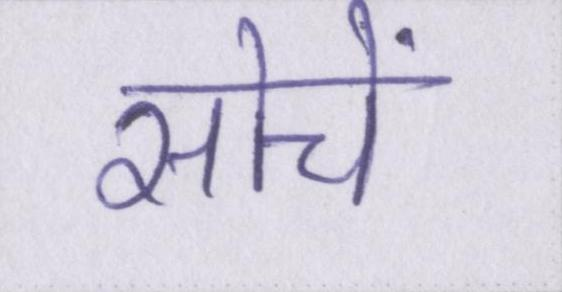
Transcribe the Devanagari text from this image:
सोचें